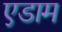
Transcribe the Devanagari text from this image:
एडाम